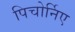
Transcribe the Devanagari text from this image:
पिचोर्निए